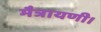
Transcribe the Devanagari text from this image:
मैत्रायणी।